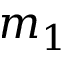
m _ { 1 }